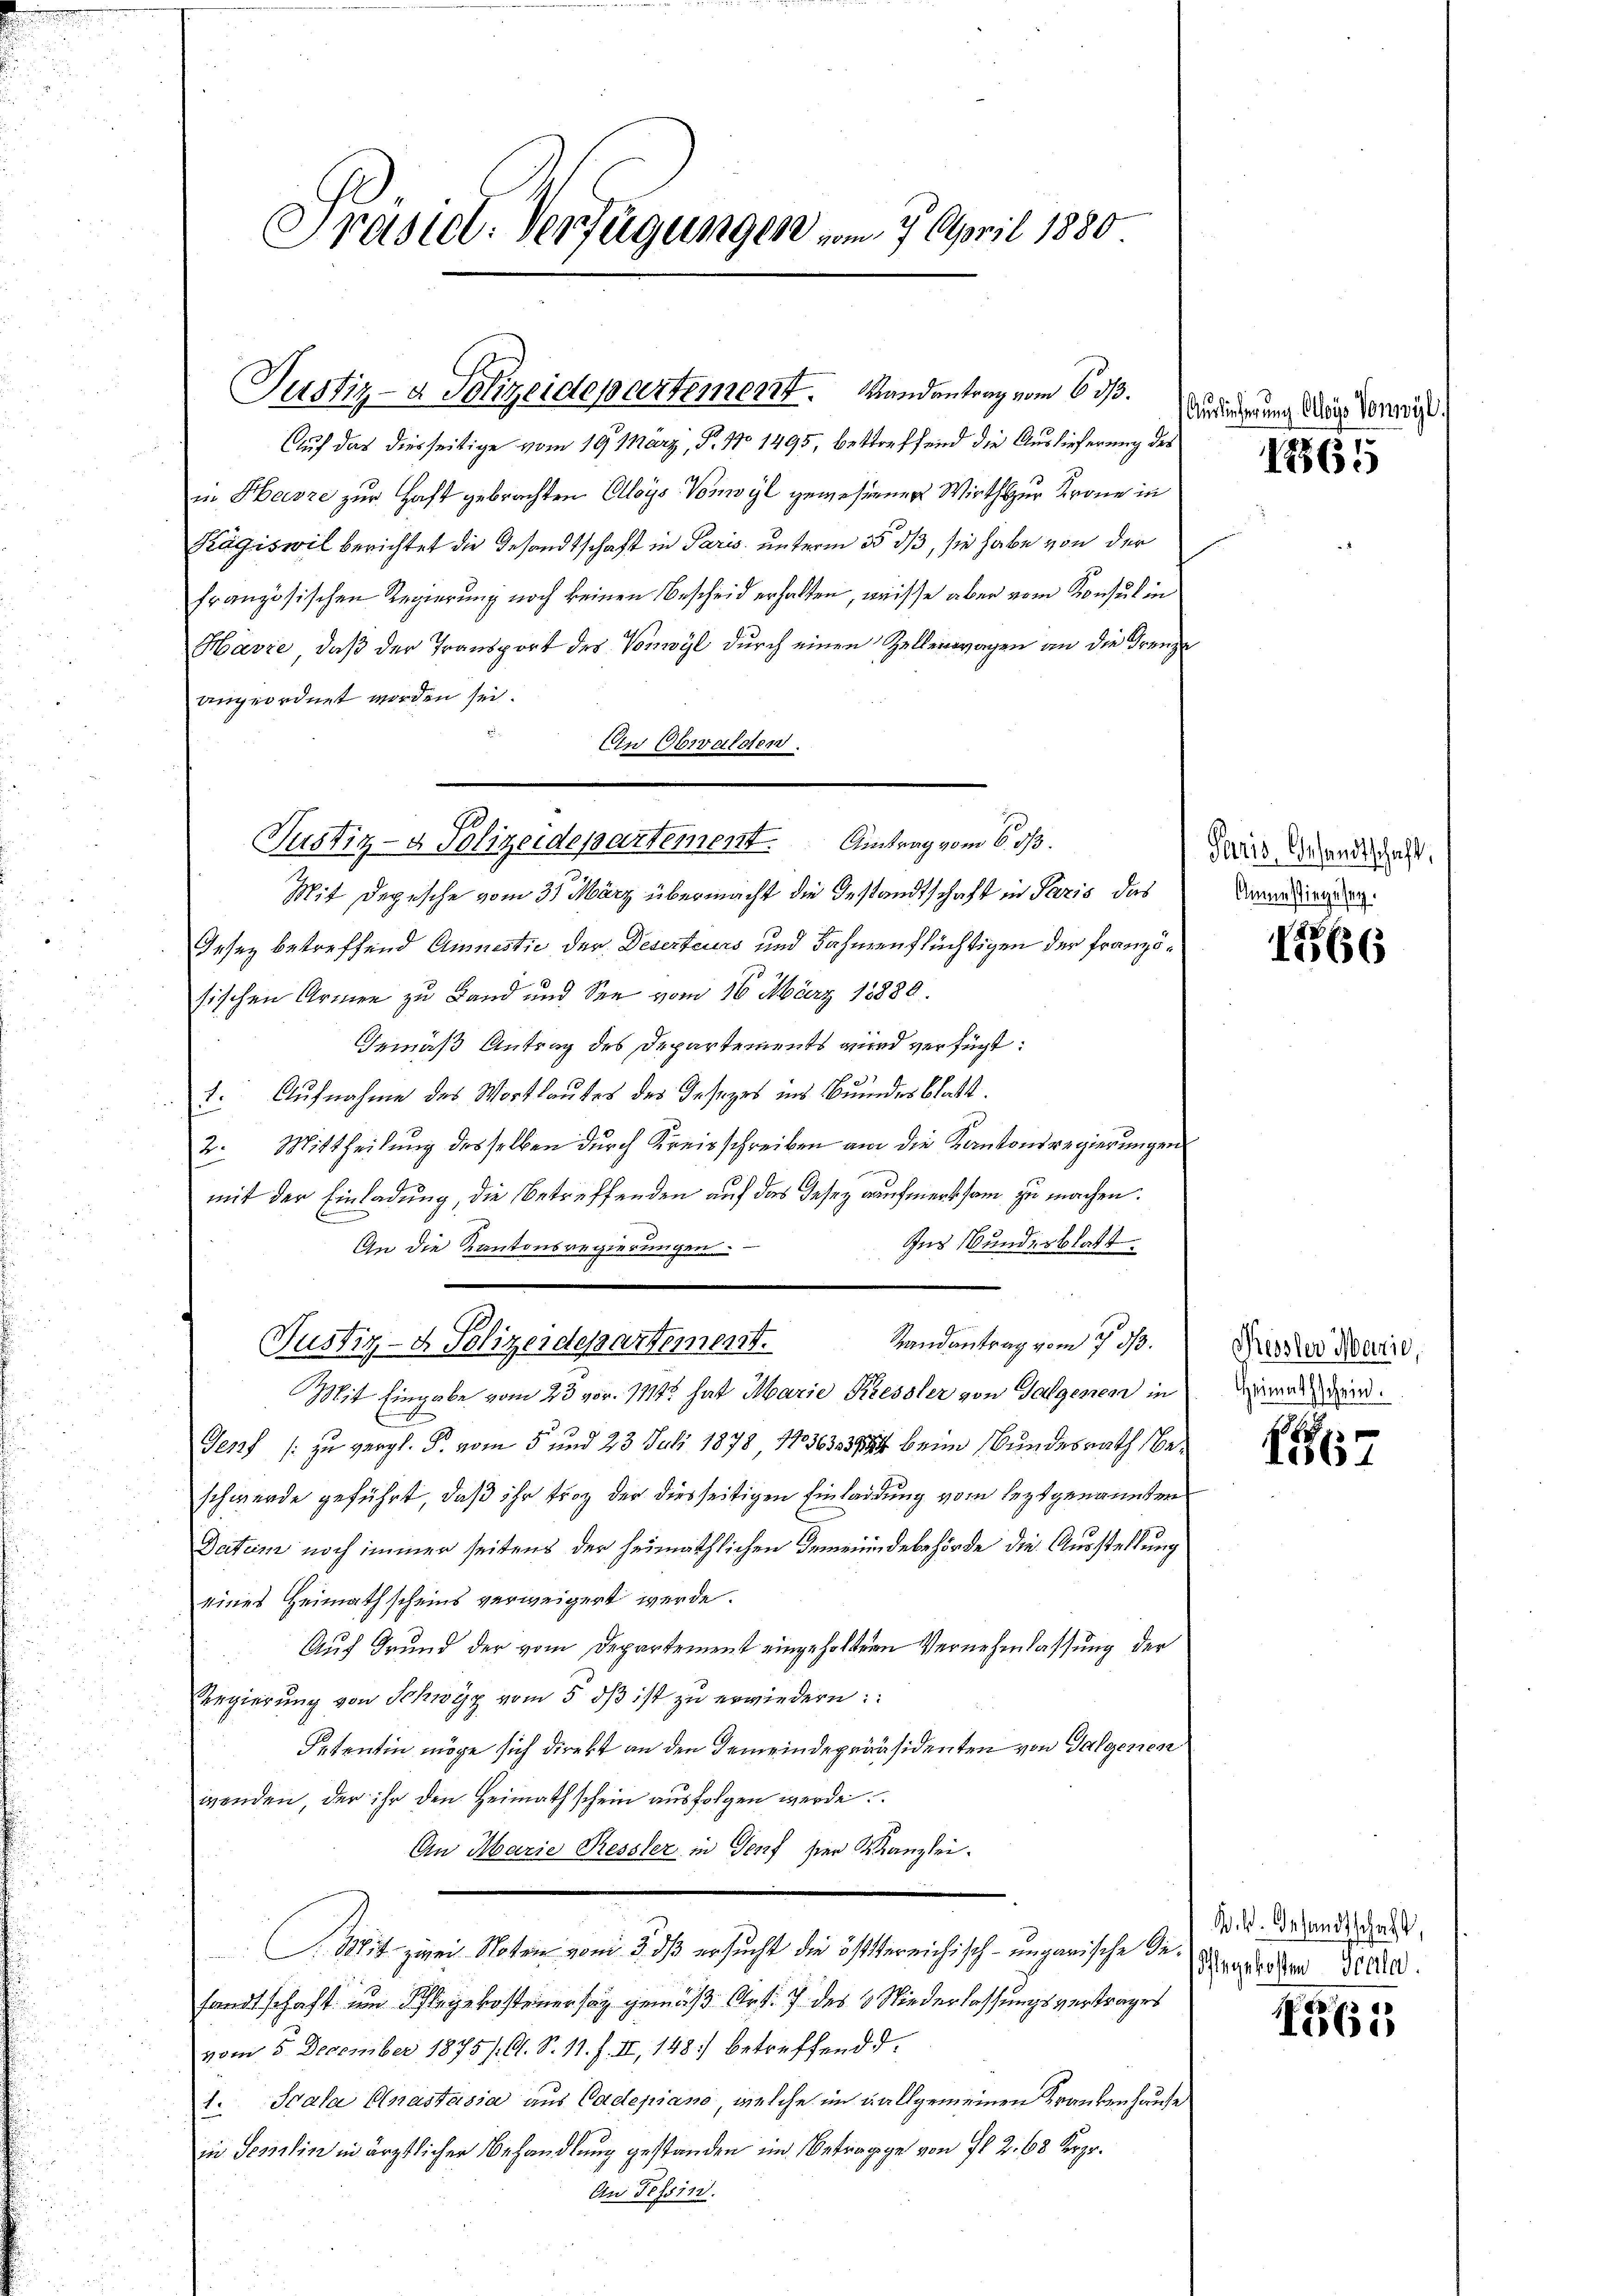
Präsiel. Verfügungen vom 3. April 1880

Justiz- & Polizeidepartement. Bandantrag vom 6. ds.

Mit Depesche vom 31. März übermacht die Gestandtschaft in Paris das
Iesez betreffend Amnestie der Deserteurs und Fahnenflüchtigen der französischen Armen zu Land und See vom 16. März 18889.
Gemäß Antrag des Departements wird verfügt:
Aufnahme des Wortlautes des Gesezes ins Bundesblatt.
u
.
2. Mittheilung desselben durch Kreisschreiben am die Kantonsregierungen
mit der Einladung, die betreffenden auf das Deser aufmerksam zu machen.
Ins Bunderblatt.
An die Kantonsregierungen
Randantrag vom 7. d.
Mit Eingabe vom 23 vor. 111 hat Marie Kiessler von Tagenen in
x
Genf /: zu vergl. P. vom 5. und 23. Juli 1878 1736333794 beim Bundesrath beschwerde geführt, daß ihr trag der diesseitigen Einladung vom leztgenannten
Datum noch immer seitens der heimathlichen Gemeindebehörde die Ausstellung
eines Heimathscheins verweigert werde.
Auf Grund der vom Departement eingeholtern Vernehmlassung der
Regierŭng von Schwyz vom 5. dβ ist zŭ erwiedern:
Setentin möge sich direkt an den Gemeindepräsidenten von Galgenen
wenden, der ihr den Heimathschein ausfolgen werde.
An Marie Ressler in Genf der Kanzlei-
Mit zwei Notern vom 5. dß ersucht die öftereichisch-ungarische de reden 3000.
sandtschaft um Schlegekosteiner sag gemäß Art. 7 des 8. Niederlassungsvertrages
vom 5. December 1875/. A. S. 11. f. II, 148. betreffend d.
1. Scala Anastasia aus Cadepiano, welche im allgemeinen Krankenhause
in Tessin in ärztlicher Behandlung gestanden im Betragge von fl. 2. 68 Kepr.
An Tessin.

Justiz- & Polizeidepartement. Antrag vom 6. ds.

Justiz- & Polizeidepartement.

Auf das diesseitige vom 19. März, P. No 1495, betreffend die Auslieferung des
in Herre zur Haft gebrachten Aloys Vonwyl gewesenner Wirth zur Krone in
Kägiswil berichtet die Gesandtschaft in Paris, unterm 25. ds, sie habe von der
französischen Regierung noch keinen Bescheid erhalten, weisse aber vom Konsul in
Havre, daß der Transport des Vorwyl durch einen Zellenwagen an die Grenze
angeordnet worden sei.
An Obwalden.

Auslicherung Aloys Vonwyl.

1865

Paris, Gesandtschaft,
Amnesiegesen.

1566

Kessler Marie,
Heimathschein.

7

W. B. Gesandtschaft,

1865